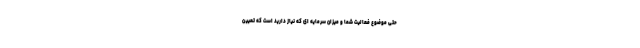
حتی موضوع فعالیت شما و میزان سرمایه ای که نیاز دارید است که تعیین